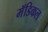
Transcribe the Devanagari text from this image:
मॅडिकल